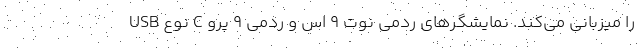
USB نوع C را میزبانی می‌کند. نمایشگرهای ردمی نوت ۹ اس و ردمی ۹ پرو